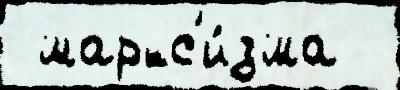
 маркс'и́зма